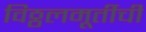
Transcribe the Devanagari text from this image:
विठ्ठलमूर्तीची